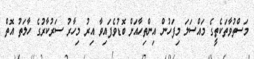
މަސްތުވާތަކެތީގެ މައްސަލަ މިފަހުން އިންތިހާއަށް ބޮޑުވެފައިވާ އިރު މިހާރު ސަރުކާރުގެ ހާލަތު އޮތް